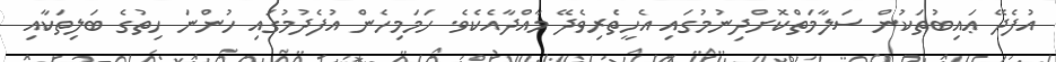
އުފެދޭ ޢައިބުތަކުން ސަލާމަތްކޮށްދިނުމުގައި އެހީތެރިވެދޭ މާއްދާއެކެވެ. ހަމަމިހެން އުފެދުމުގައި ހުންނަ ހިތުގެ ބަލިތަކާއި